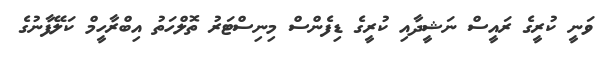
ވަނީ ކުރީގެ ރައީސް ނަޝީދާއި ކުރީގެ ޑިފެންސް މިނިސްޓަރު ތޮލްހަތު އިބްރާހީމް ކަލޭފާނުގެ